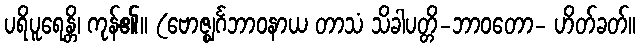
ပရိပူရေန္တိ၊ ကုန်၏။ (ဗောဇ္ဈင်္ဂဘာဝနာယ တာသံ သိခါပတ္တိ-ဘာဝတော- ဟိတ်ခတ်။